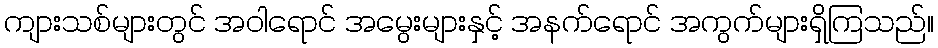
ကျားသစ်များတွင် အဝါရောင် အမွေးများနှင့် အနက်ရောင် အကွက်များရှိကြသည်။